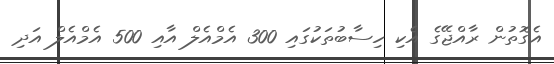
އެގޮތުން ރާއްޖޭގެ އެކި ހިސާބުތަކުގައި 300 އެމްއެލް އާއި 500 އެމްއެލް އަދި